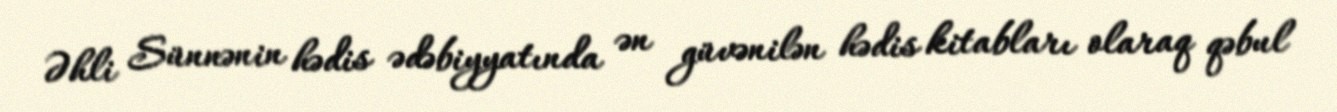
Əhli Sünnənin hədis ədəbiyyatında ən güvənilən hədis kitabları olaraq qəbul